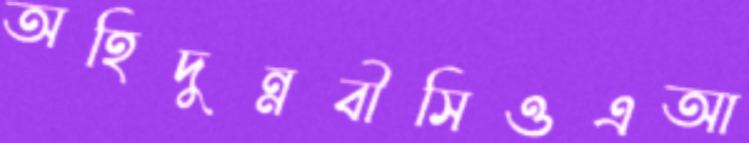
অহিদুন্নবীসিওএআ